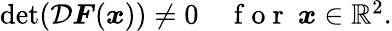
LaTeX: \begin{array}{r}{\operatorname*{det}(\mathcal{D}\boldsymbol{F}(\boldsymbol{x}))\neq 0\quad\mathrm{~f~o~r~}\ \boldsymbol{x}\in\mathbb{R}^{2}.}\end{array}